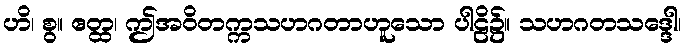
ဟိ၊ စွ။ ဧတ္ထ၊ ဤအဝိတက္ကသဟဂတာဟူသော ပါဠိ၌။ သဟဂတသဒ္ဒေါ၊